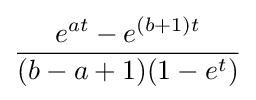
{\frac {e^{at}-e^{(b+1)t}}{(b-a+1)(1-e^{t})}}